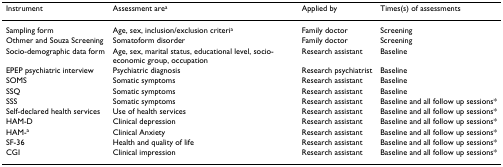
| Instrument | Assessment area | Applied by | Times(s) of assessments |
 | --- | --- | --- | --- |
 | Sampling form | Age, sex, inclusion/exclusion criteria | Family doctor | Screening |
 | Othmer and Souza Screening | Somatoform disorder | Family doctor | Screening |
 | Socio-demographic data form | Age, sex, marital status, educational level, socio-economic group, occupation | Research assistant | Baseline |
 | EPEP psychiatric interview | Psychiatric diagnosis | Research psychiatrist | Baseline |
 | SOMS | Somatic symptoms | Research assistant | Baseline |
 | SSQ | Somatic symptoms | Research assistant | Baseline |
 | SSS | Somatic symptoms | Research assistant | Baseline and all follow up sessions* |
 | Self-declared health services | Use of health services | Research assistant | Baseline and all follow up sessions* |
 | HAM-D | Clinical depression | Research assistant | Baseline and all follow up sessions* |
 | HAM-a | Clinical Anxiety | Research assistant | Baseline and all follow up sessions* |
 | SF-36 | Health and quality of life | Research assistant | Baseline and all follow up sessions* |
 | CGI | Clinical impression | Research assistant | Baseline and all follow up sessions* |